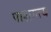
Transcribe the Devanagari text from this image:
पाशात्त्य